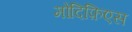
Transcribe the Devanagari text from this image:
मोदिफ़िएस